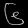
Digit: ၆